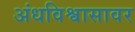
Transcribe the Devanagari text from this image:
अंधविश्वासावर